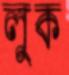
লুক